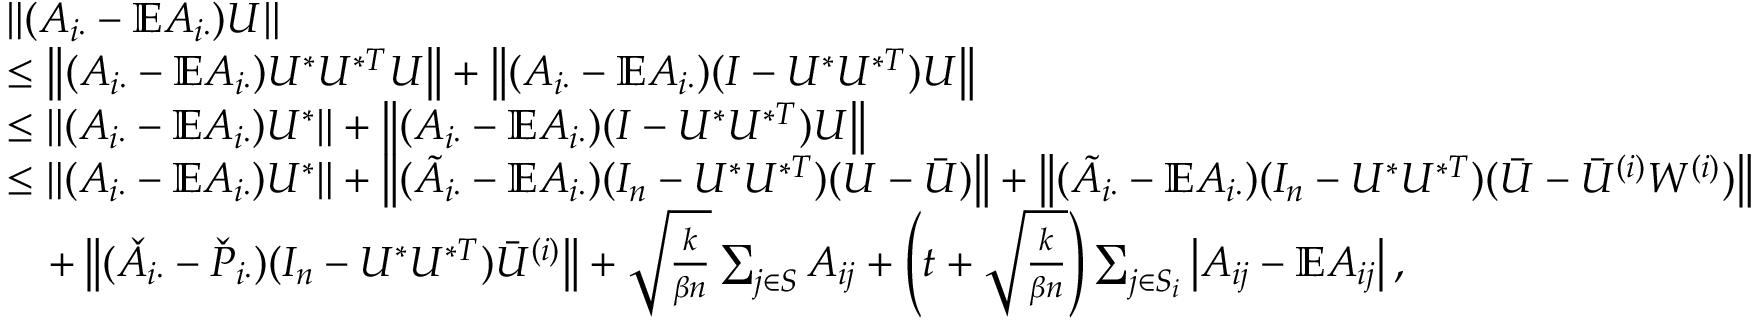
\begin{array} { r l } & { \left\| { ( A _ { i \cdot } - \mathbb { E } A _ { i \cdot } ) U } \right\| } \\ & { \leq \left\| { ( A _ { i \cdot } - \mathbb { E } A _ { i \cdot } ) U ^ { * } U ^ { * T } U } \right\| + \left\| { ( A _ { i \cdot } - \mathbb { E } A _ { i \cdot } ) ( I - U ^ { * } U ^ { * T } ) U } \right\| } \\ & { \leq \left\| { ( A _ { i \cdot } - \mathbb { E } A _ { i \cdot } ) U ^ { * } } \right\| + \left\| { ( A _ { i \cdot } - \mathbb { E } A _ { i \cdot } ) ( I - U ^ { * } U ^ { * T } ) U } \right\| } \\ & { \leq \left\| { ( A _ { i \cdot } - \mathbb { E } A _ { i \cdot } ) U ^ { * } } \right\| + \left\| { ( \tilde { A } _ { i \cdot } - \mathbb { E } A _ { i \cdot } ) ( I _ { n } - U ^ { * } U ^ { * T } ) ( U - \bar { U } ) } \right\| + \left\| { ( \tilde { A } _ { i \cdot } - \mathbb { E } A _ { i \cdot } ) ( I _ { n } - U ^ { * } U ^ { * T } ) ( \bar { U } - \bar { U } ^ { ( i ) } W ^ { ( i ) } ) } \right\| } \\ & { \quad + \left\| { ( \check { A } _ { i \cdot } - \check { P } _ { i \cdot } ) ( I _ { n } - U ^ { * } U ^ { * T } ) \bar { U } ^ { ( i ) } } \right\| + \sqrt { \frac { k } { \beta n } } \sum _ { j \in S } A _ { i j } + \left( t + \sqrt { \frac { k } { \beta n } } \right) \sum _ { j \in S _ { i } } \left| A _ { i j } - \mathbb { E } A _ { i j } \right| , } \end{array}